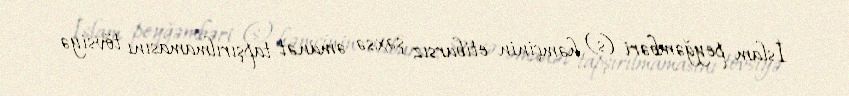
İslam peyğəmbəri (s) həmçinin etibarsız şəxsə əmanət tapşırılmamasını tövsiyə